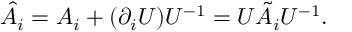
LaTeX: \hat { A } _ { i } = A _ { i } + ( \partial _ { i } U ) U ^ { - 1 } = U \tilde { A } _ { i } U ^ { - 1 } .